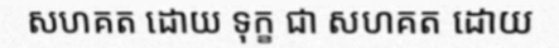
សហគត ដោយ ទុក្ខ ជា សហគត ដោយ